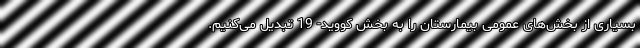
بسیاری از بخش‌های عمومی بیمارستان را به بخش کووید- 19 تبدیل می‌کنیم.